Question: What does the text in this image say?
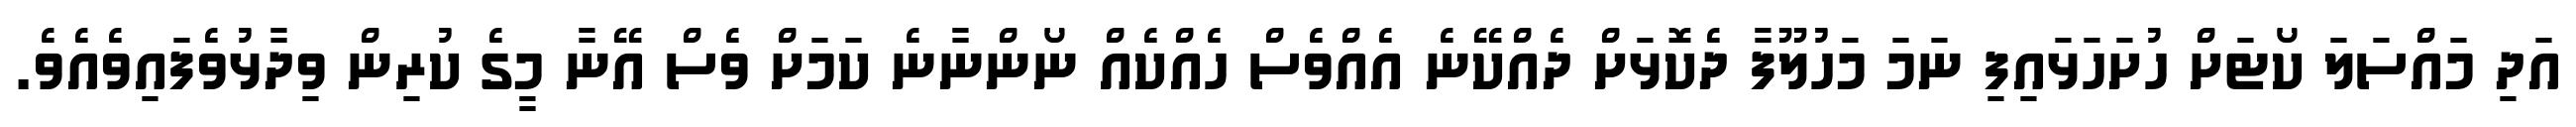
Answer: އަދި މައްސަލަ ކޯޓަށް ހުށަހަޅައިފި ނަމަ މަހުލޫފާ ދެކޮޅަށް ދެއްކޭނެ އެއްވެސް ހެއްކެއް ނޯންނާނެ ކަމަށް ވެސް އޭނާ މީގެ ކުރިން ވިދާޅުވެފައިވެއެވެ.